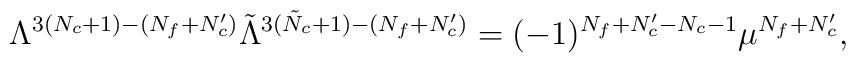
\Lambda^{3(N_c+1)-(N_f+N_c')}\tilde{\Lambda}^{3(\tilde{N}_c+1)-(N_f+N_c')}     = (-1)^{N_f+N_c'-N_c-1}\mu^{N_f+N_c'},